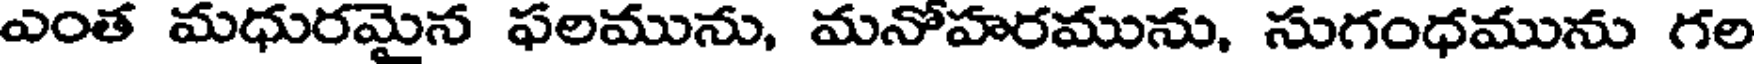
ఎంత మధురమైన ఫలమును, మనోహరమును, సుగంధమును గల